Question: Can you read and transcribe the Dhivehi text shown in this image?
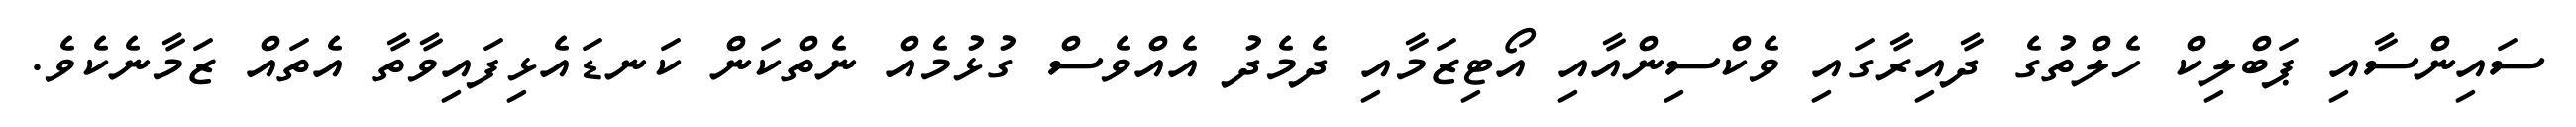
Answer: ސައިންސާއި ޕަބްލިކް ހެލްތުގެ ދާއިރާގައި ވެކްސިންއާއި އޯޓިޒަމާއި ދެމެދު އެއްވެސް ގުޅުމެއް ނެތްކަން ކަނޑައެޅިފައިވާތާ އެތައް ޒަމާނެކެވެ.